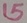
Text: 15